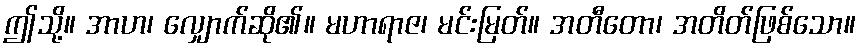
ဤသို့။ အာဟ၊ လျှောက်ဆို၏။ မဟာရာဇ၊ မင်းမြတ်။ အတီတော၊ အတိတ်ဖြစ်သော။